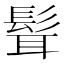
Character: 髶